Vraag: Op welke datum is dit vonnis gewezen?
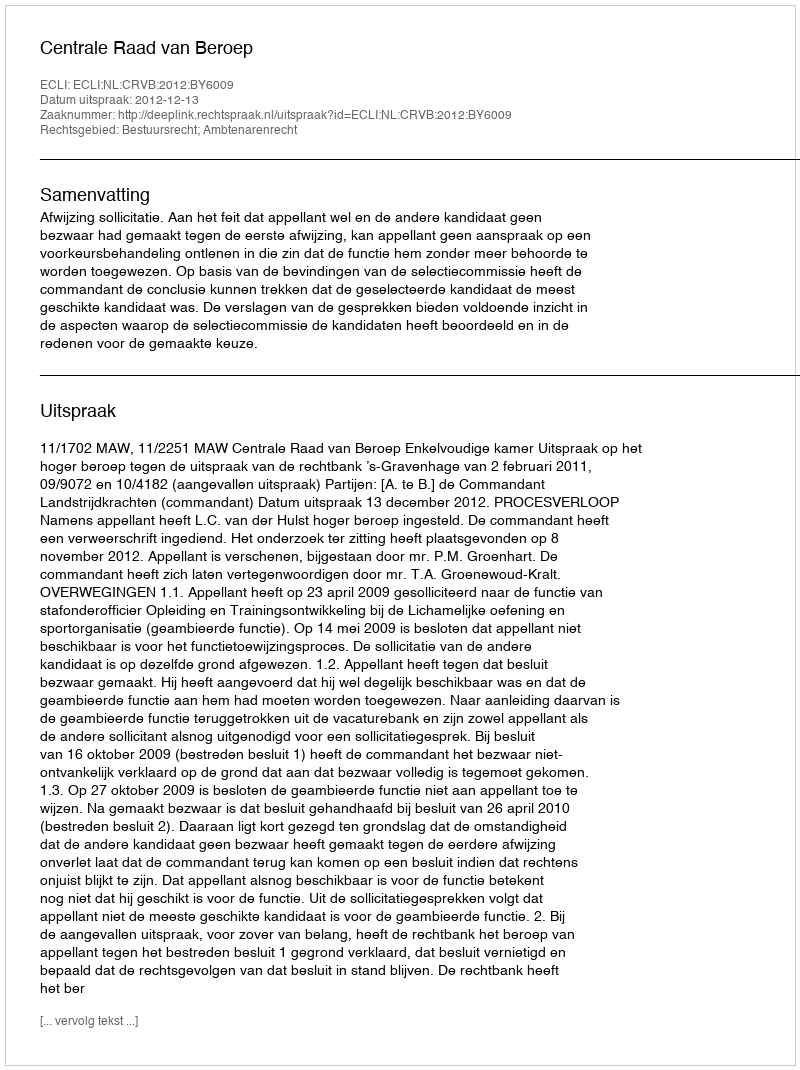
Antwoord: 2012-12-13